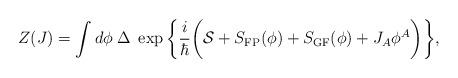
LaTeX: \begin{align*}Z(J)=\int d\phi\;\Delta\;\exp\bigg\{\frac{i}{\hbar}\bigg({\cal S}+ S_{\rm FP}(\phi)+S_{\rm GF}(\phi)+J_A\phi^A\bigg)\bigg\},\end{align*}